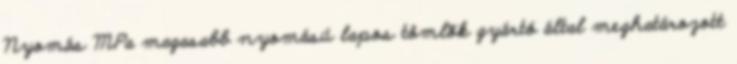
Nyomás MPa magasabb nyomású lapos tömlõk gyártó által meghatározott